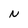
Character: N